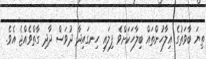
ތިޔަ ބާވަތުގެ އިލާހުންތައް ބިލާހަކަށްވެ ފިލައި ހިނގައިދާ ދުވަސް ދާދި ގާތްވެއްޖެ އެވެ.